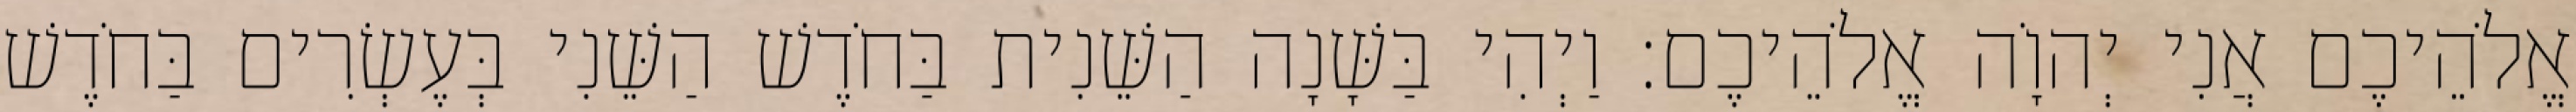
אֱלֹהֵיכֶם אֲנִי יְהוָֹה אֱלֹהֵיכֶם׃ וַיְהִי בַּשָּׁנָה הַשֵּׁנִית בַּחֹדֶשׁ הַשֵּׁנִי בְּעֶשְׂרִים בַּחֹדֶשׁ